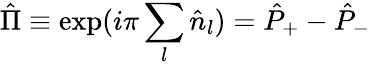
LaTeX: \hat{\Pi}\equiv\exp(i\pi\sum_{l}\hat{n}_{l})=\hat{P}_{+}-\hat{P}_{-}